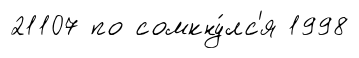
21107 по сомкну́лс'я 1998